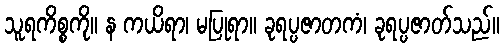
သူရကိစ္စကို။ န ကယိရာ၊ မပြုရာ။ ခုရပ္ပဇာတကံ၊ ခုရပ္ပဇာတ်သည်။